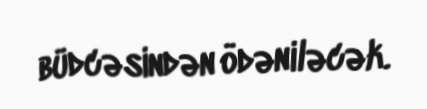
büdcəsindən ödəniləcək.